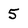
Character: 5